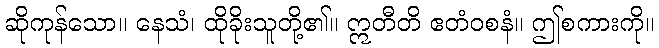
ဆိုကုန်သော။ နေသံ၊ ထိုခိုးသူတို့၏။ ဣတီတိ ဧတံဝစနံ။ ဤစကားကို။